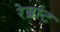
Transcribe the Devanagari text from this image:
रेब्रांट